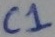
Text: C1